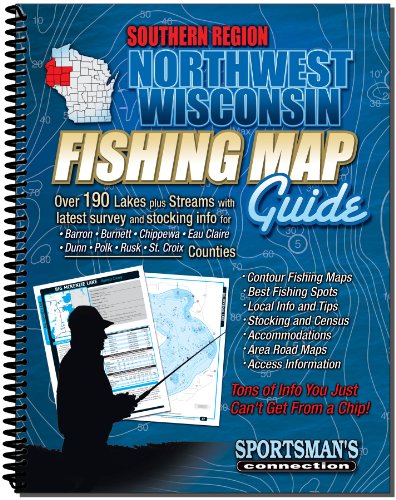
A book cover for Northwest Wisconsin Fishing Map Guide, Southern Region (Fishing Maps from Sportsman's Connection); Sportsman's Connection; Travel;